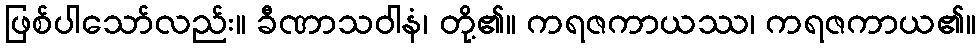
ဖြစ်ပါသော်လည်း။ ခီဏာသဝါနံ၊ တို့၏။ ကရဇကာယဿ၊ ကရဇကာယ၏။